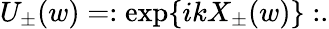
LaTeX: U_{\pm}(w)=:\exp\{ ikX_{\pm}(w)\} :.